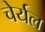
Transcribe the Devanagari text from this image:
चेर्यल